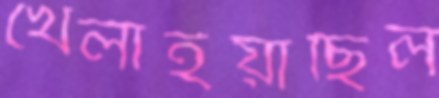
খেলাইয়াছিল